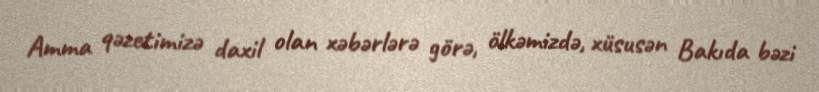
Amma qəzetimizə daxil olan xəbərlərə görə, ölkəmizdə, xüsusən Bakıda bəzi